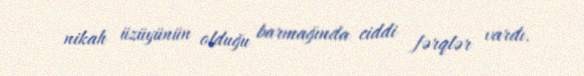
nikah üzüyünün olduğu barmağında ciddi fərqlər vardı.